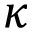
\kappa